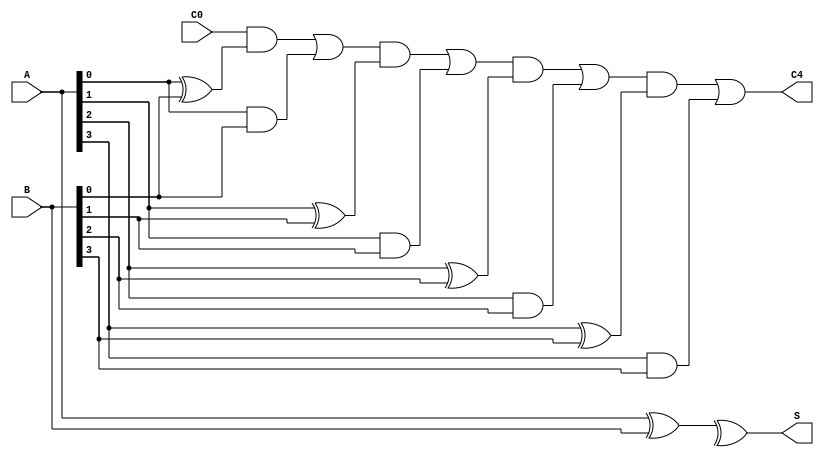
//4bit full adder
module lab3 (A,B,C0,C4,S);
    input [3:0]A,B;
    input C0;
    wire [3:0]C;
    output C4;
    output [3:0]S;
    
    assign S[3:0]=A[3:0]^B[3:0]^C[3:0];
    assign C[1]=C0&(A[0]^B[0])|(A[0]&B[0]);
    assign C[2]=C[1]&(A[1]^B[1])|(A[1]&B[1]);
    assign C[3]=C[2]&(A[2]^B[2])|(A[2]&B[2]);
    assign C4=C[3]&(A[3]^B[3])|(A[3]&B[3]);
endmodule